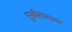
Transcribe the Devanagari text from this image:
सुखीलालावर